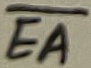
Text: ea